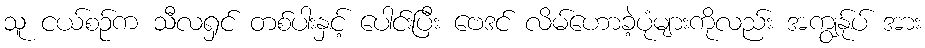
သူ ငယ်စဉ်က သီလရှင် တစ်ပါးနှင့် ပေါင်းပြီး ဗေဒင် လိမ်ဟောခဲ့ပုံများကိုလည်း အကျွန်ုပ် အား